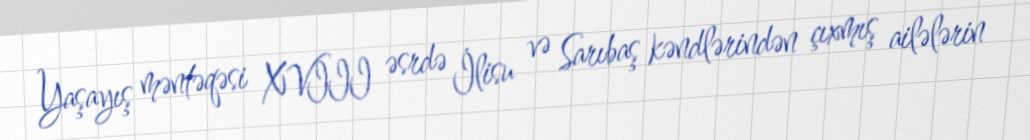
Yaşayış məntəqəsi XVIII əsrdə İlisu və Sarıbaş kəndlərindən çıxmış ailələrin